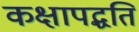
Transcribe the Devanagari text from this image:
कक्षापद्धति